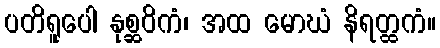
ပတိရူပေါ နုစ္ဆဝိကံ၊ အထ မောဃံ နိရတ္ထကံ။